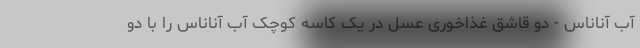
آب آناناس - دو قاشق غذاخوری عسل در یک کاسه کوچک آب آناناس را با دو